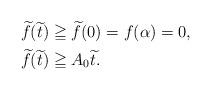
LaTeX: \begin{align*}&\widetilde{f}(\widetilde{t})\geqq\widetilde{f}(0)=f(\alpha)=0,\\&\widetilde{f}(\widetilde{t})\geqq{A_{0}\widetilde{t}}.\end{align*}